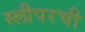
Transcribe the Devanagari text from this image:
स्लीपरची